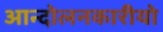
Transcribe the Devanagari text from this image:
आन्दोलनकारीयो